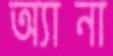
অ্যানা